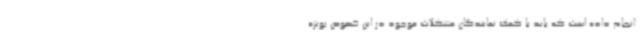
انجام داده است که باید با کمک نمایندگان مشکلات موجود در این خصوص بویژه